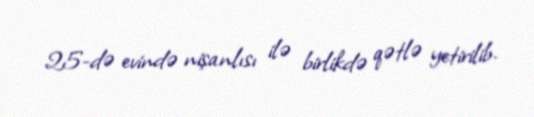
25-də evində nişanlısı ilə birlikdə qətlə yetirilib.